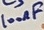
Text: 100nF